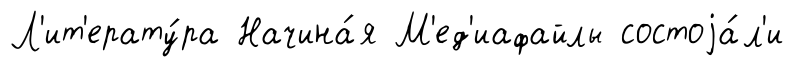
Л'ит'ерату́ра Начина́я М'ед'иафайлы состоjа́л'и